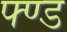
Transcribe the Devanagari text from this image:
फ्ण्ड